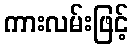
ကားလမ်းဖြင့်